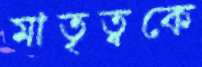
মাতৃত্বকে